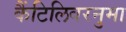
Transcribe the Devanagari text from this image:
कैंटिलिवरनुमा